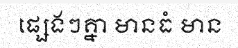
ផ្សេងៗគ្នា មានធំ មាន